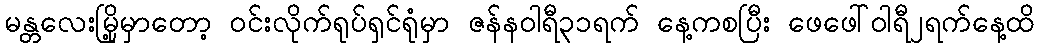
မန္တလေးမြို့မှာတော့ ဝင်းလိုက်ရုပ်ရှင်ရုံမှာ ဇန်နဝါရီ၃၁ရက် နေ့ကစပြီး ဖေဖေါ်ဝါရီ၂ရက်နေ့ထိ